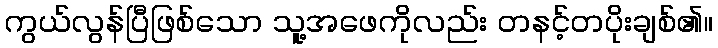
ကွယ်လွန်ပြီဖြစ်သော သူ့အဖေကိုလည်း တနင့်တပိုးချစ်၏။